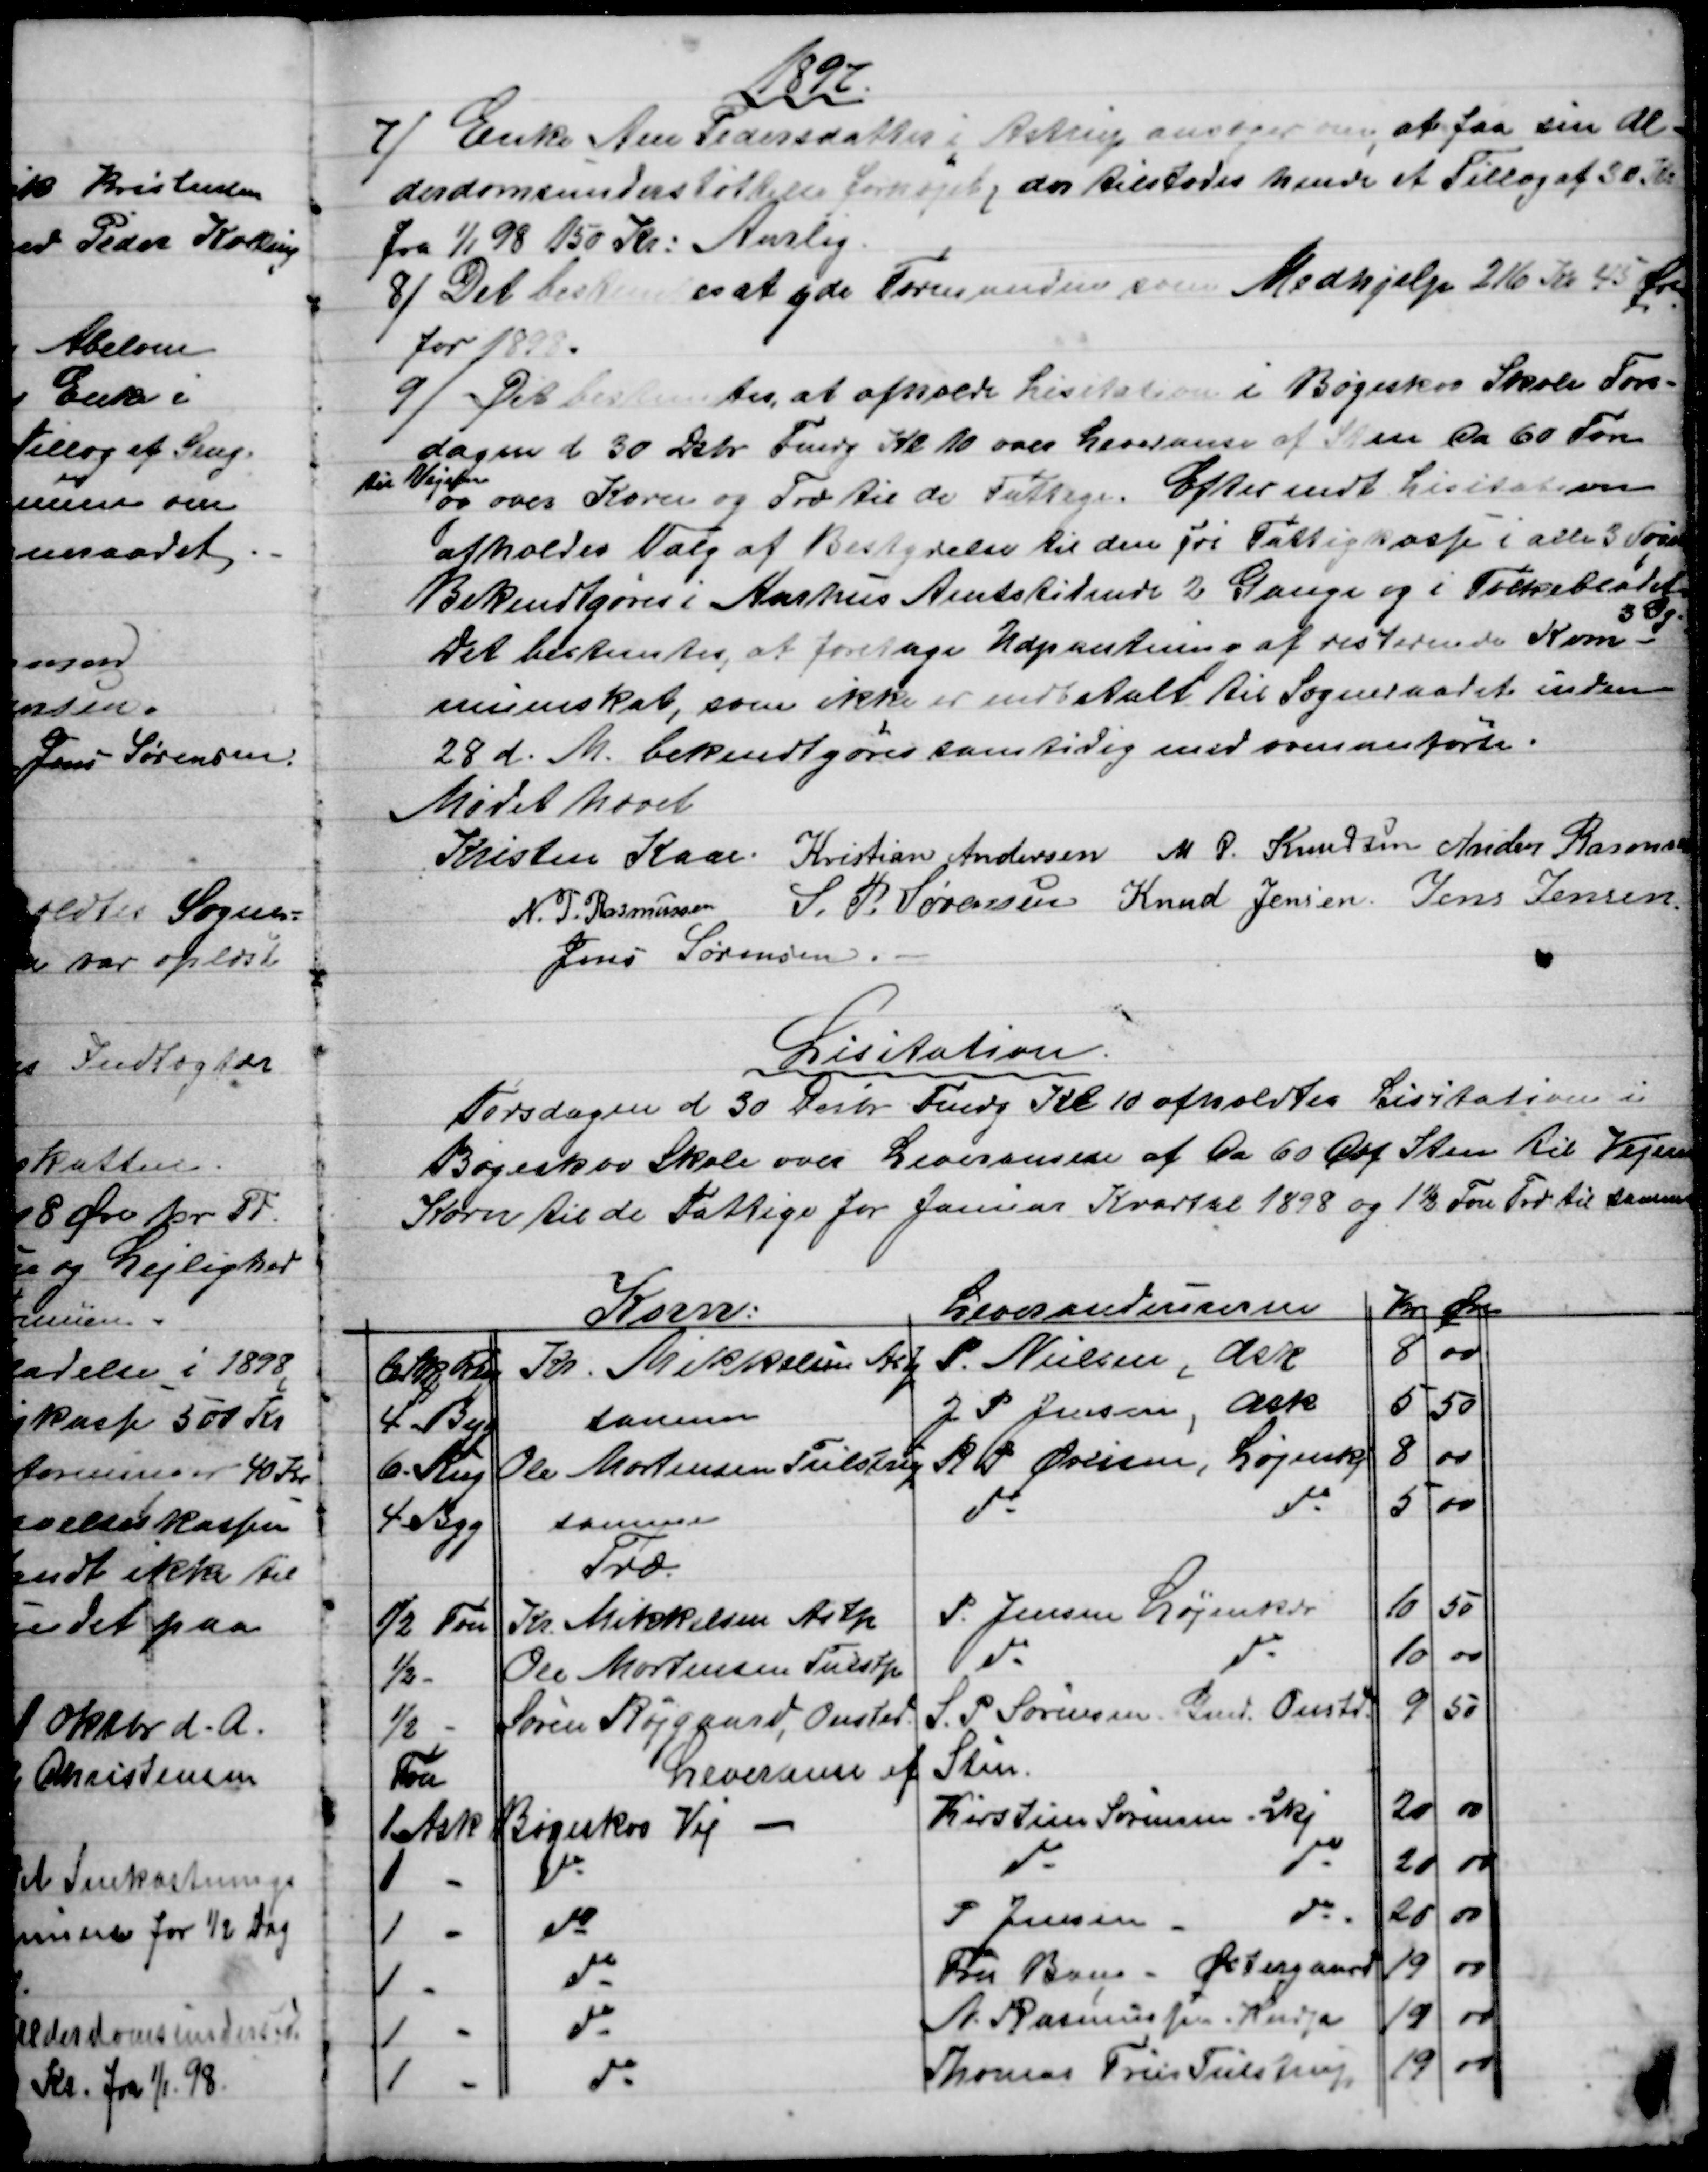
Transskription:
1897.
7) 
Enke Ane Pedersdattes i Astrup ansøger, om at faa sin Al-
derdomsunderstøttelse forhøjet, der tilstodes hende et Tillæg af 30 Kr.
fra 1/1 98 150 Kr: Aarlig.
8) 
Det bestemtes at yde Formanden som Medhjelp 216 Kr 45 Øre
for 1898.
9) Det bestemtes, at afholde Lisitation i Bøgeskov Skole Tors-
dagen d. 30 Debr Fmdg Kl 10 over Leveranse af Sten ca 60 Fvn
til Vejen
og over Korn og Træ til de Fattige. Efter endt Lisitation
afholdes Valg af Bestyrelse til den fri Fattigkasse i alle 3 Sogne
Bekendtgøres i Aarhus Amtstidende 2 Gange og i Folkebladet 
3 Gg.
Det bestemtes, at foretage Udpantning af resterende Kom-
mueskat, som ikke er indbetalt til Sogneraadet inden
28 d. M. bekendtgøres samtidig med ovenanførte.
Mødet hævet
Kristen Kaae Kristian Andersen M. P. Knudsen Anders Rasmussen
N. P. Rasmussen S. P. Sørensen Knud Jensen Jens Jensen
Jens Sørensen
Lisitation.
Torsdagen d 30 Desbr Fmdg Kl 10 afholdtes Lisitation i
Bøgeskov Skole over Leveransen af ca 60 Qbf Sten til Vejene
Korn til de Fattige for Januar Kvartal 1898 og 1½ Fvn Træ til samme
Korn:
Leverandeurerne
Kr
Øre
6 Skp Rug
Kr. Mikkelsen Astp
P. Nielsen Ask
8
00
4 - Byg
samme
J P. Jensen, Ask
5
50
6 - Rug
Ole Mortensen Tulstrup
R P Øvlisen, Løjenkj
8
00
4 - Byg
samme
do 
do 
5
00
Træ.
½ Fvn
Kr. Mikkelsen Astp
P. Jensen Løjenkær
10
50
½  -
Ole Mortensen Tulstp
do
do
10
00
½  -
Søren Højgaard, Onsted
S. P. Sørensen. Gmd. Onstd.
9
50
Fvn
Leveranse af Sten
1 Ask
Bøgeskov Vej
Kirstine Sørensen Lkj
20
00
1 
do
do
do
20
00
1 
do
P Jensen 
do
20
00
1 
do
Fru Bang - Østergaard
19
00
1 
do
A. Rasmussen Hindp
19
00
1
do
Thomas Friis Tulstrup
19
00